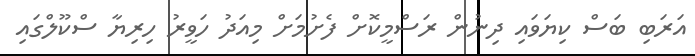
އަރަބި ބަސް ކިޔަވައި ދިނުން ރަސްމީކޮށް ފެށުމަށް މިއަދު ހަވީރު ހިރިޔާ ސްކޫލްގައި